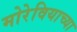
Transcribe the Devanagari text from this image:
मोरेवियाच्या